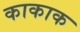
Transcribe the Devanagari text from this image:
काकाक